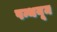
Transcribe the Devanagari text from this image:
पन्थयूम